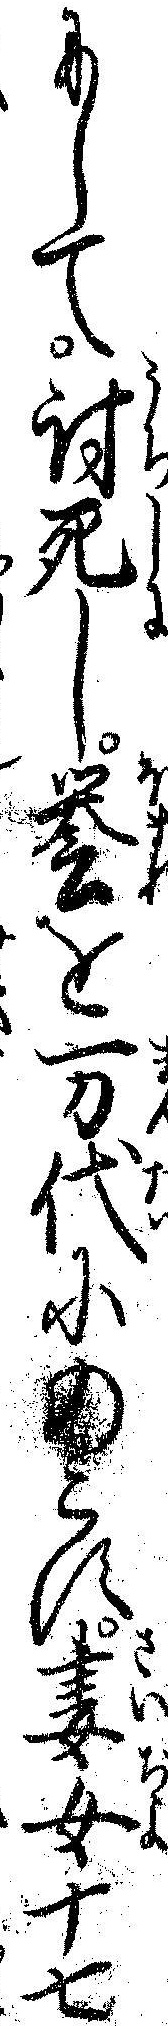
にして討死し誉を万代にのこす妻女十七